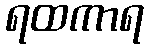
ရထကာရ